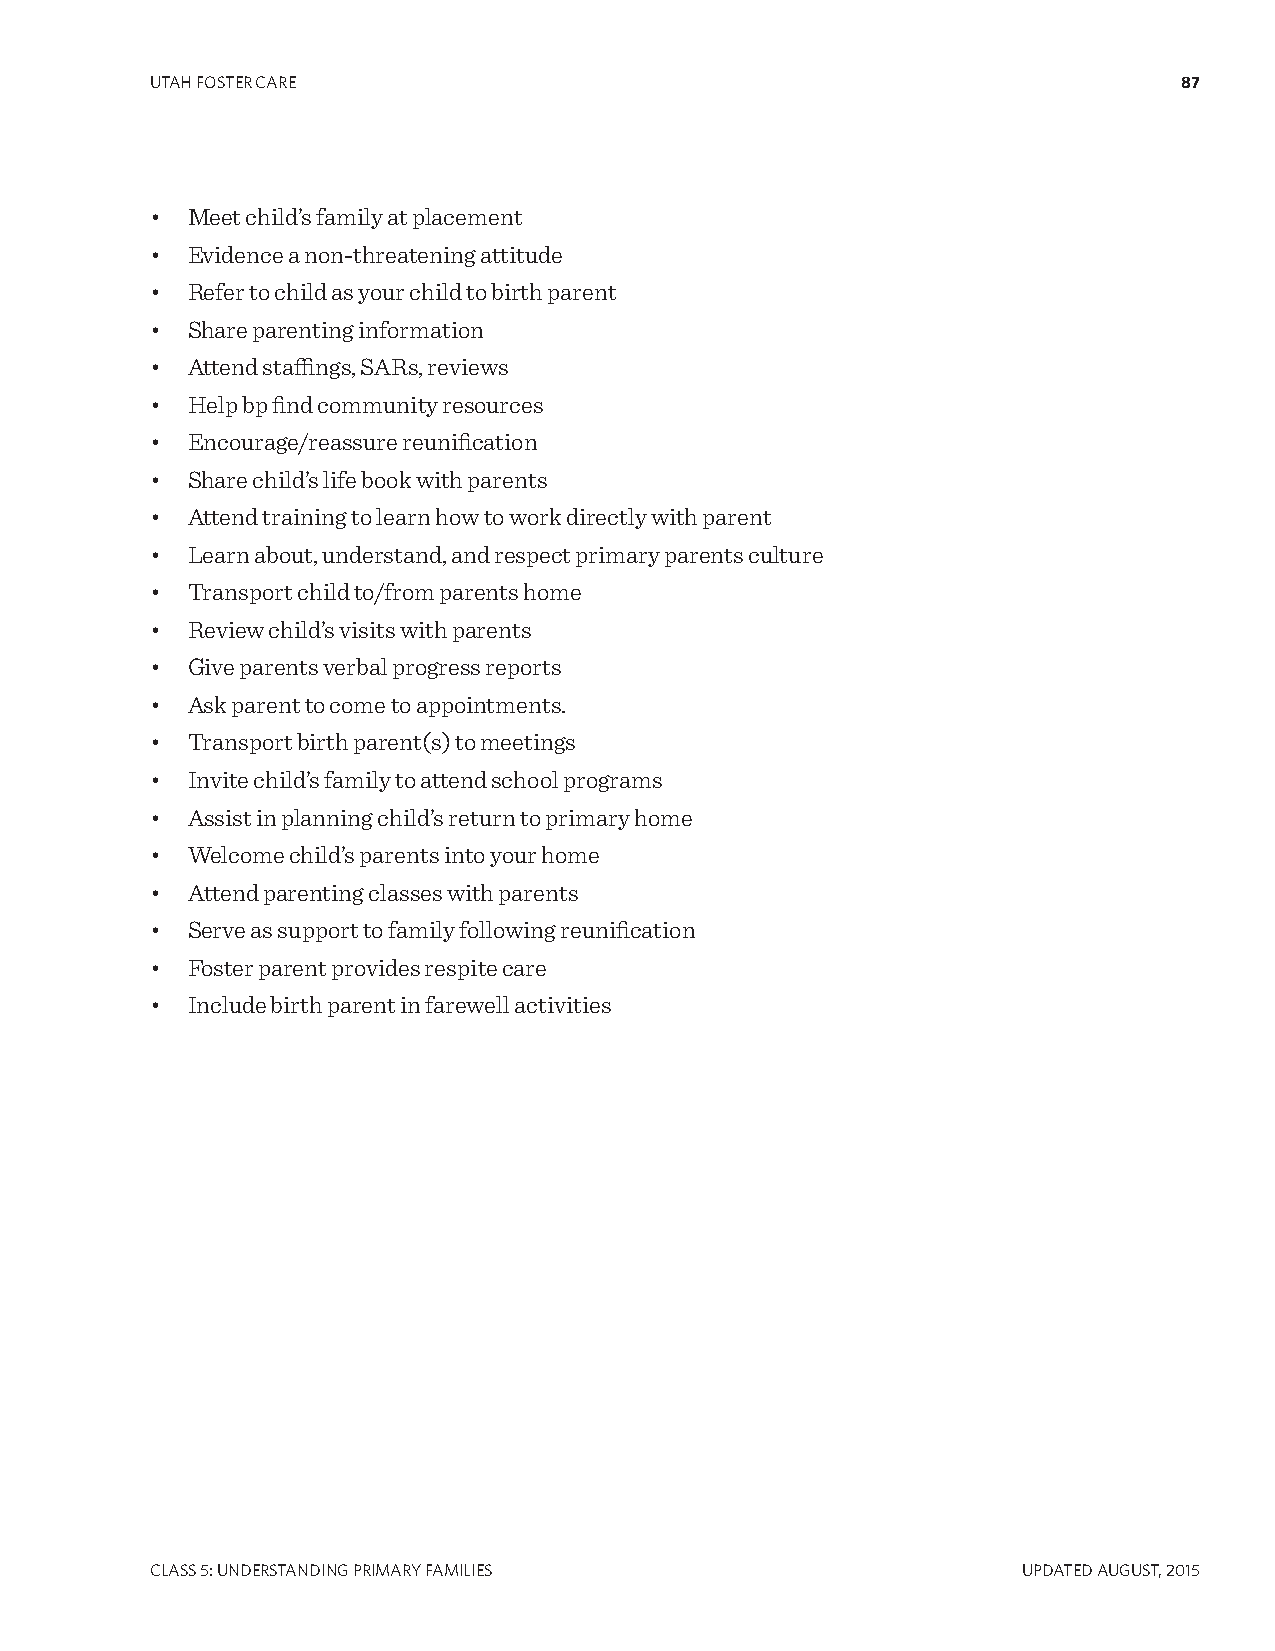
UTAH FOSTER CARE                                                    87
 • Meet child’s family at placement
 • Evidence a non-threatening attitude
 • Refer to child as your child to birth parent
 • Share parenting information
 • Attend staffings, SARs, reviews
 • Help bp find community resources
 • Encourage/reassure reunification
 • Share child’s life book with parents
 • Attend training to learn how to work directly with parent
 • Learn about, understand, and respect primary parents culture
 • Transport child to/from parents home
 • Review child’s visits with parents
 • Give parents verbal progress reports
 • Ask parent to come to appointments.
 • Transport birth parent(s) to meetings
 • Invite child’s family to attend school programs
 • Assist in planning child’s return to primary home
 • Welcome child’s parents into your home
 • Attend parenting classes with parents
 • Serve as support to family following reunification
 • Foster parent provides respite care
 • Include birth parent in farewell activities
 CLASS 5: UNDERSTANDINg PRIMARY FAMILIES                   UPDATED AUgUST, 2015